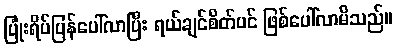
ပြုံးရိပ်ပြန်ပေါ်လာပြီး ရယ်ချင်စိတ်ပင် ဖြစ်ပေါ်လာမိသည်။